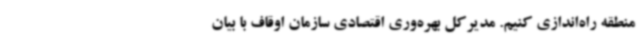
منطقه راه‌اندازی کنیم. مدیرکل بهره‌وری اقتصادی سازمان اوقاف با بیان